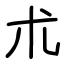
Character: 朮